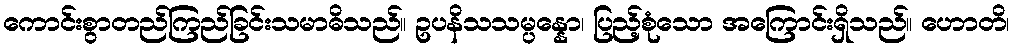
ကောင်းစွာတည်ကြည်ခြင်းသမာဓိသည်။ ဥပနိသသမ္ပန္နော၊ ပြည့်စုံသော အကြောင်းရှိသည်။ ဟောတိ၊